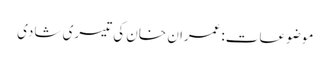
موضوعات:عمران خان کی تیسری شادی